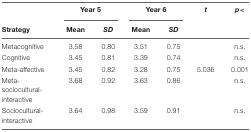
<table><thead><tr><td></td><td colspan="2"><b>Year 5</b></td><td colspan="2"><b>Year 6</b></td><td><b><i>t</i></b></td><td><b><i>p</i>&lt;</b></td></tr><tr><td><b>Strategy</b></td><td><b>Mean</b></td><td><b><i>SD</i></b></td><td><b>Mean</b></td><td><b><i>SD</i></b></td><td></td><td></td></tr></thead><tbody><tr><td>Metacognitive</td><td>3.58</td><td>0.80</td><td>3.51</td><td>0.75</td><td></td><td>n.s.</td></tr><tr><td>Cognitive</td><td>3.45</td><td>0.81</td><td>3.39</td><td>0.74</td><td></td><td>n.s.</td></tr><tr><td>Meta-affective</td><td>3.45</td><td>0.82</td><td>3.28</td><td>0.75</td><td>5.036</td><td>0.001</td></tr><tr><td>Meta-sociocultural-interactive</td><td>3.68</td><td>0.92</td><td>3.63</td><td>0.86</td><td></td><td>n.s.</td></tr><tr><td>Sociocultural-interactive</td><td>3.64</td><td>0.98</td><td>3.59</td><td>0.91</td><td></td><td>n.s.</td></tr></tbody></table>